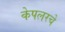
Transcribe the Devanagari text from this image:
केपलरचे